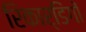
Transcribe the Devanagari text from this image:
रिकार्डिंगों